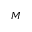
\boldsymbol { M }